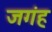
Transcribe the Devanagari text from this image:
जगंह